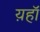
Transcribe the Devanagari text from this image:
य़हॉ